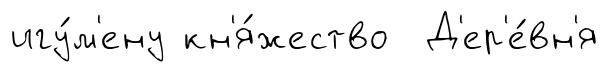
игу́м'ену кн'я́жество Д'ер'е́вн'я